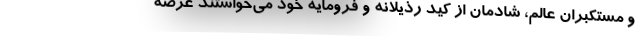
و مستکبران عالم، شادمان از کید رذیلانه و فرومایه خود می‌خواستند عرصه